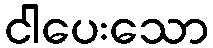
ငါပေးသော